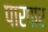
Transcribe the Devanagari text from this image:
पारपार